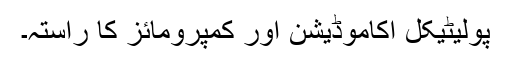
پولیٹیکل اکاموڈیشن اور کمپرومائز کا راستہ۔